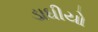
ડાઘીયો